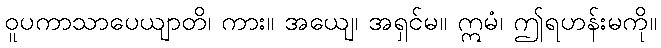
ဝူပကာသာပေယျာတိ၊ ကား။ အယျေ၊ အရှင်မ။ ဣမံ၊ ဤရဟန်းမကို။